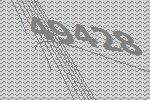
49428